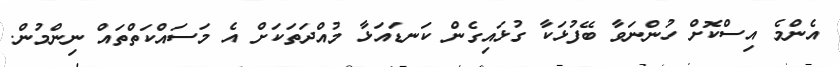
އެންމެ އިސްކޮށް ހުންނަވާ ބޭފުޅަކާ ގުޅައިގެން ކަނޑައަޅާ މުއްދަތަކަށް އެ މަސައްކަތްތައް ނިންމުން.